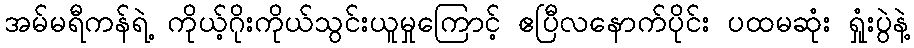
အမ်မရီကန်ရဲ့ ကိုယ့်ဂိုးကိုယ်သွင်းယူမှုကြောင့် ဧပြီလနောက်ပိုင်း ပထမဆုံး ရှုံးပွဲနဲ့